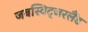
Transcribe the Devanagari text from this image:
जबस्विट्जरलैंड